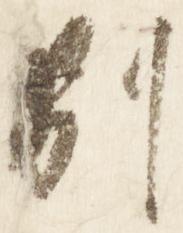
別